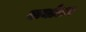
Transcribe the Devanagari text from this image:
वाघोटन